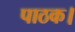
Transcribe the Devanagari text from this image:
पाठक।